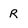
Character: r